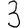
Digit: 3